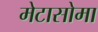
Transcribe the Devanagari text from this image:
मेटासोमा